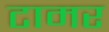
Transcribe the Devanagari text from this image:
टामर